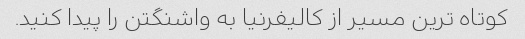
کوتاه ترین مسیر از کالیفرنیا به واشنگتن را پیدا کنید.